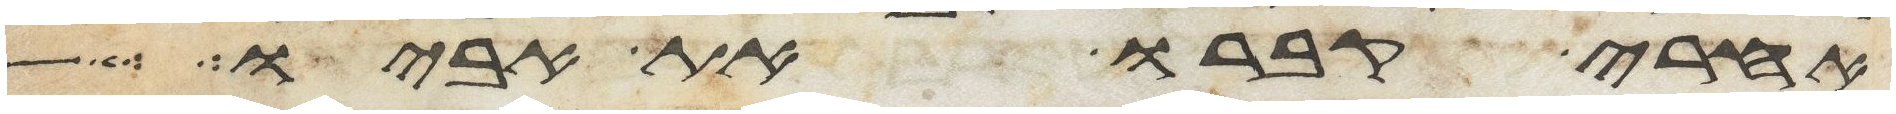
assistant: אחרי קברו את אביו